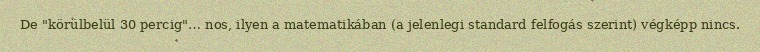
De "körülbelül 30 percig"… nos, ilyen a matematikában (a jelenlegi standard felfogás szerint) végképp nincs.